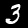
Digit: 3